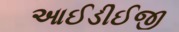
આઈડીઈજી